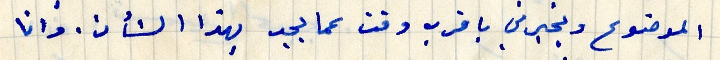
الموضوع ويخبرني باقرب وقت عما يجد بهذا الشأن. وانا